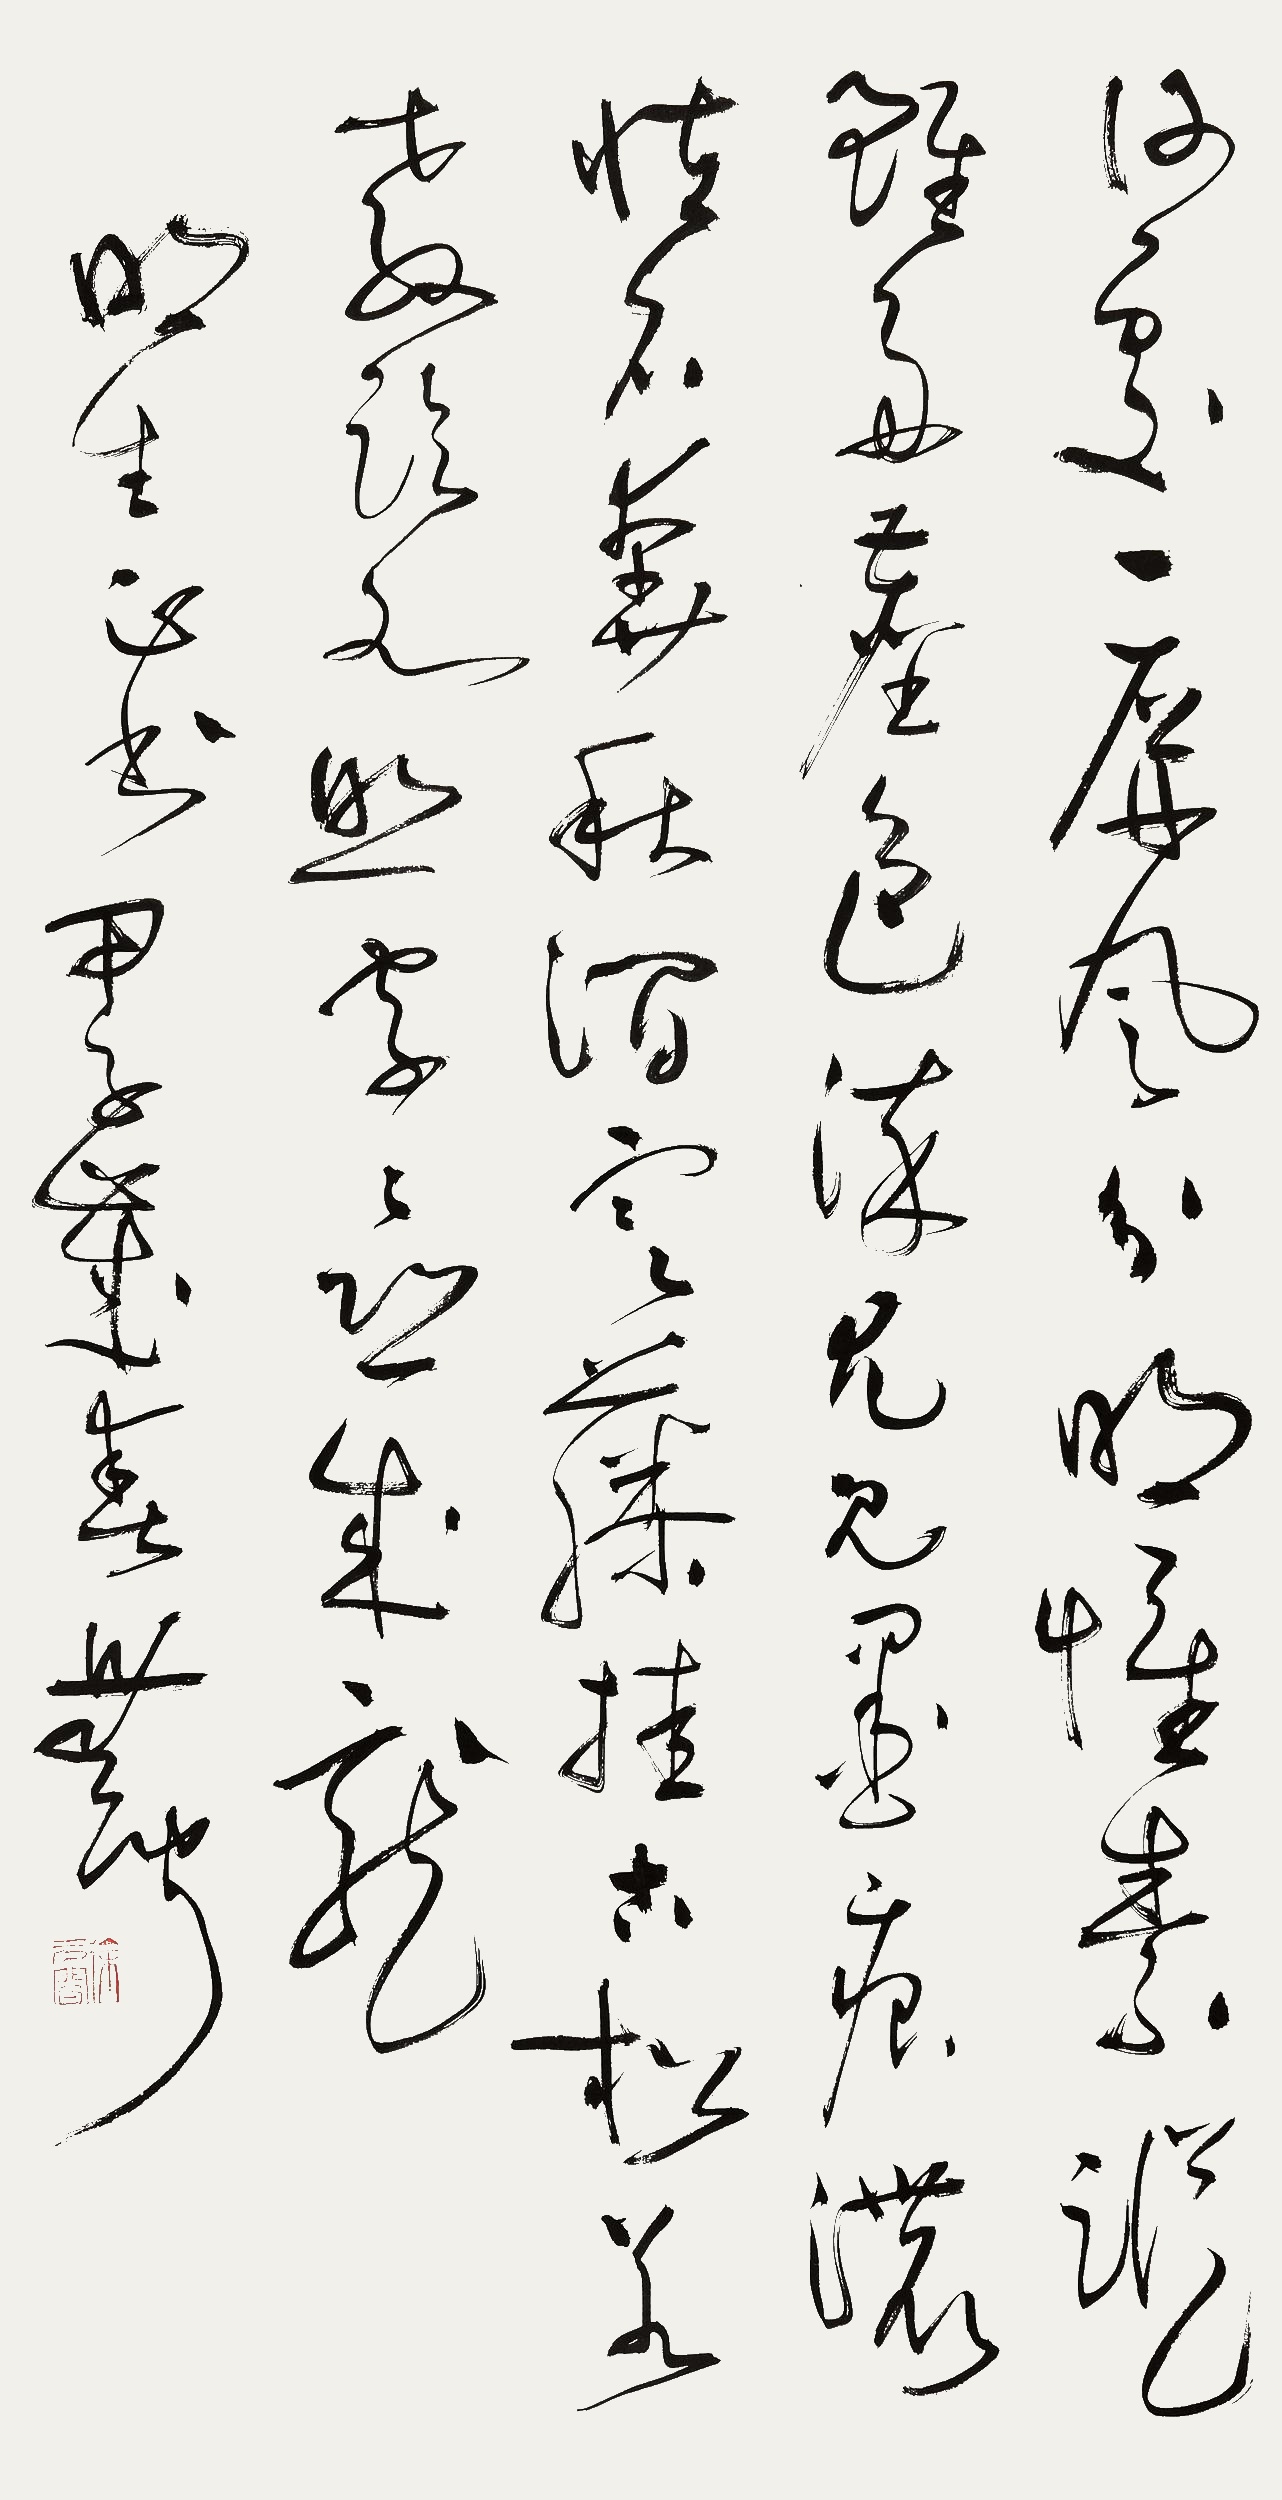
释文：何处一屏风分明怀素纵
虽多尘色染犹见墨痕浓
怪石奔秋涧寒藤挂古松
若教临水畔字字恐成龙明生正书甲子岁春无闻